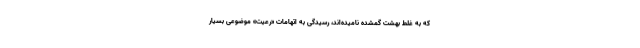
که به غلط بهشت گمشده نامیده‌اند، رسیدگی به اتهامات «رعیت» موضوعی بسیار